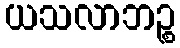
ယသလာဘဉ္စ